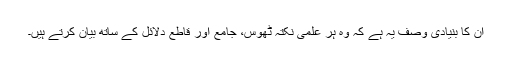
ان کا بنیادی وصف یہ ہے کہ وہ ہر علمی نکتہ ٹھوس، جامع اور قاطع دلائل کے ساتھ بیان کرتے ہیں۔